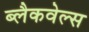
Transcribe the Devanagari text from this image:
ब्‍लैकवेल्‍स